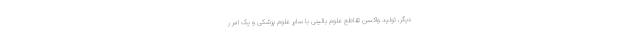
دیگر، تولید واکسن تقاطع علوم بالینی با سایر علوم پزشکی و یک امر ر